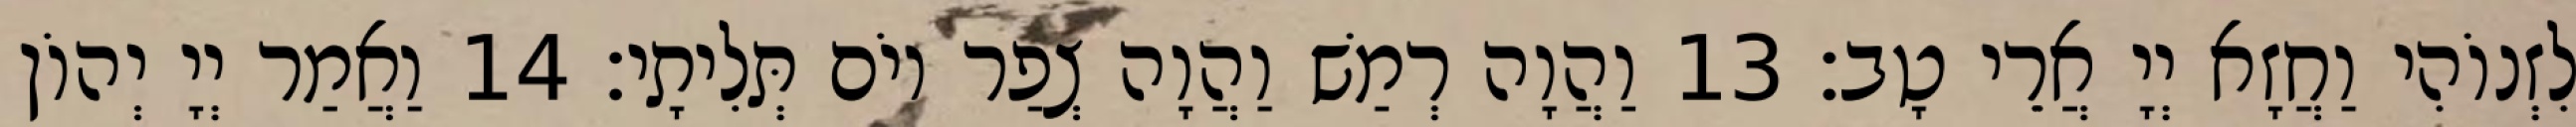
לִזְנוֹהִי וַחֲזָא יְיָ אֲרֵי טָב׃ 13 וַהֲוָה רְמַשׁ וַהֲוָה צְפַר יוֹם תְּלִיתָי׃ 14 וַאֲמַר יְיָ יְהוֹן